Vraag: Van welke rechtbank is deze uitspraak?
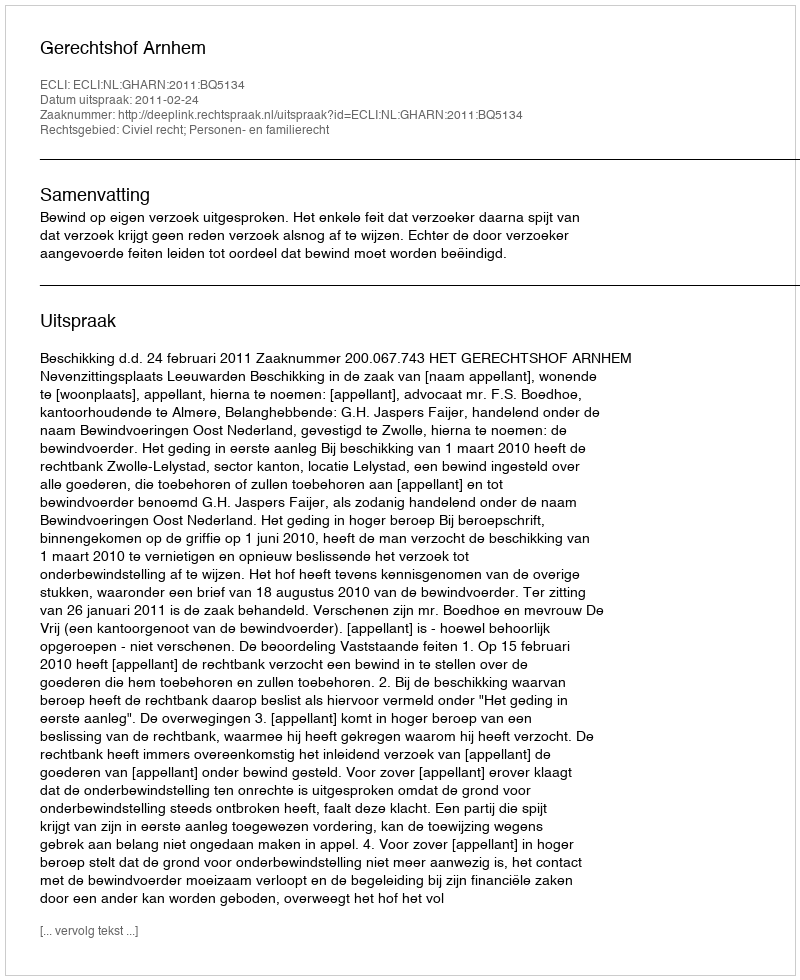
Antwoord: Gerechtshof Arnhem